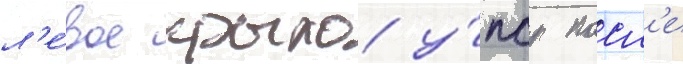
л'е́вое крыло у́пср посл'е